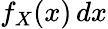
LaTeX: f_{X}(x)\, dx